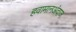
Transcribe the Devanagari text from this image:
हवामानअंदाज